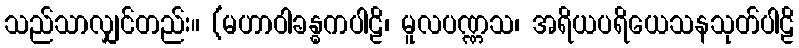
သည်သာလျှင်တည်း။ (မဟာဝါခန္ဓကပါဠိ၊ မူလပဏ္ဏသ၊ အရိယပရိယေသနသုတ်ပါဠိ